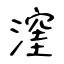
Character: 漥